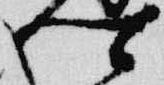
卿